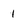
Character: 1